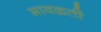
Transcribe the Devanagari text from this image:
मावळती